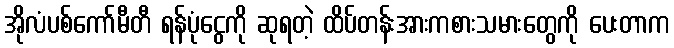
အိုလံပစ်ကော်မီတီ ရန်ပုံငွေကို ဆုရတဲ့ ထိပ်တန်းအားကစားသမားတွေကို ပေးတာက